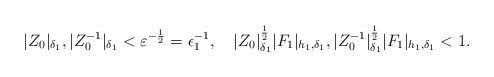
LaTeX: \begin{align*}|Z_0|_{\delta_1}, |Z_0^{-1}|_{\delta_1}<\varepsilon^{-\frac{1}{2}}=\epsilon_1^{-1}, \ \ \ |Z_0|_{\delta_1} ^{\frac{1}{2}}|F_1|_{h_1,\delta_1}, |Z_0^{-1}|_{\delta_1}^{\frac{1}{2}}|F_1|_{h_1,\delta_1}<1.\end{align*}